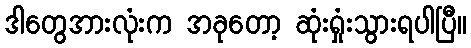
ဒါတွေအားလုံးက အခုတော့ ဆုံးရှုံးသွားရပါပြီ။